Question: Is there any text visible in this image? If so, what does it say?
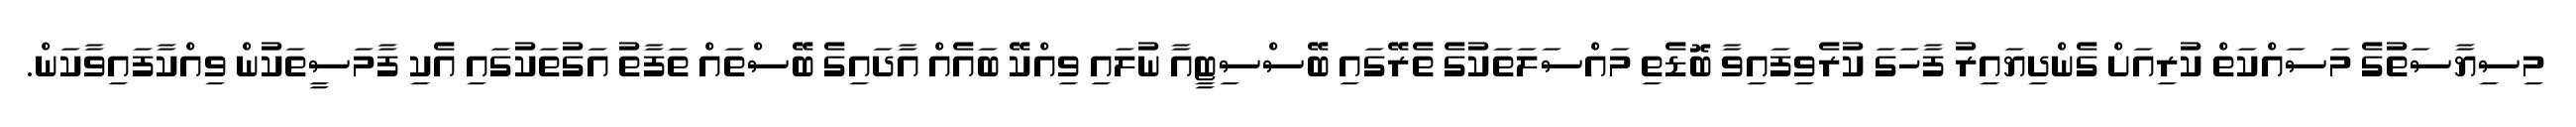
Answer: މިސިޔާސަތުގެ މަސައްކަތް ކުރިއަށް ގެންދިޔައިރު ފާހަގަ ކުރެވިފައިވާ ބޮޑެތި މައްސަލަތަކުގެ ތެރޭގައި ބޭސްސިޓީއާ ނުލައި ވިއްކޭ ބައެއް އާދައިގެ ބޭސްތައް ތަފާތު އަގުތަކުގައި އެކި ފާމަސީތަކުން ވިއްކާފައިވާކަން.